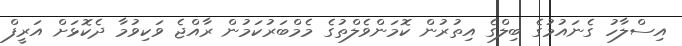
އިސްލާހު ގެނައުމުގެ ބިލްގެ އިތުރުން ކޮމަންވެލްތުގެ މެމްބަރުކަމުން ރާއްޖެ ވަކިވުމާ ދެކޮޅަށް އަރީފް